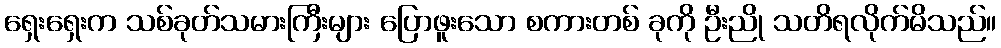
ရှေးရှေးက သစ်ခုတ်သမားကြီးများ ပြောဖူးသော စကားတစ် ခုကို ဦးညို သတိရလိုက်မိသည်။